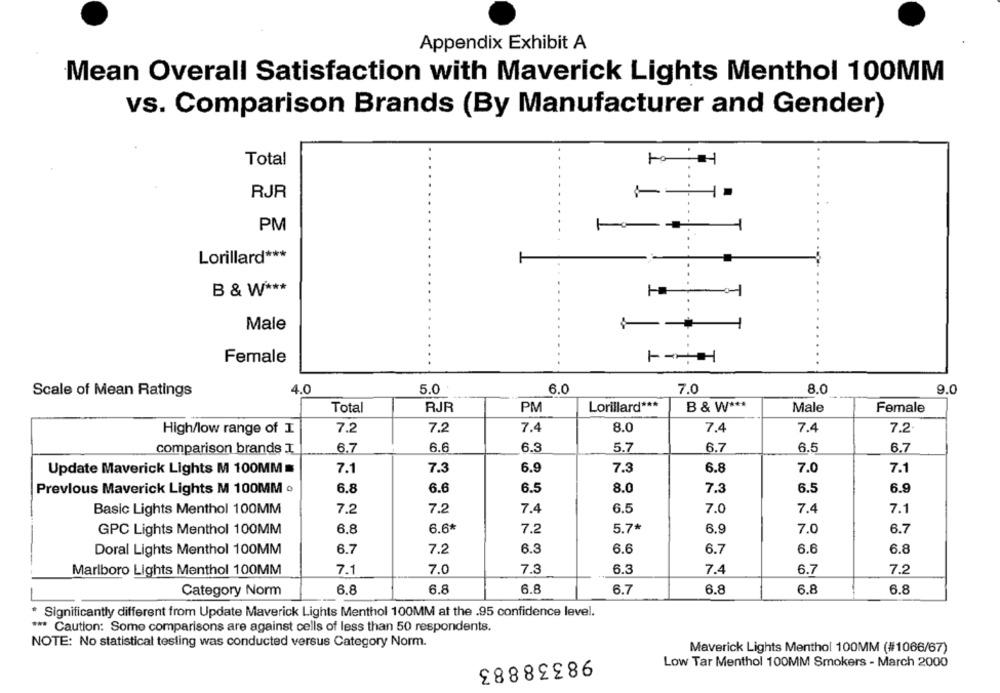
Appendix Exhibit A
Mean Overall Satisfaction with Maverick Lights Menthol 100MM
vs. Comparison Brands (By Manufacturer and Gender)
Total
RJR
PM
1
Lorillard ***
B & W ***
Male
Female
Scale of Mean Ratings
4.0
5.0
6.0
7.0
8.0
9.0
Total
RJR
PM
Lorillard ***
B & W ***
Male
Female
7.2
7.2
7.4
8.0
7.4
7.4
7.2
High/low range of I
comparison brands I
6.7
6.6
6.9
5.7
6.7
6.5
6.7
Update Maverick Lights M 100MM =
7.1
7.3
6.9
7.3
6.8
7.0
7.1
Previous Maverick Lights M 100MM o
6.8
6.6
6.5
8.0
7.3
6.5
6.9
Basic Lights Menthol 100MM
7.2
7.2
7.4
6.5
7.0
7.4
7.1
GPC Lights Menthol 100MM
6.8
6.6*
7.2
5.7*
6.9
7.0
6.7
Doral Lights Menthol 100MM
6.7
7.2
6.3
6.6
6.7
6.6
6.8
Marlboro Lights Menthol 100MM
7.1
7.0
7.3
6.3
7.4
6.7
7.2
6.8
6.8
Category Norm
6.8
6.7
6.8
6.8
6.8
* Significantly different from Update Maverick Lights Menthol 100MM at the .95 confidence level.
*** Caution: Some comparisons are against cells of less than 50 respondents.
NOTE: No statistical testing was conducted versus Category Norm.
Maverick Lights Menthol 100MM (#1066/67)
98338883
Low Tar Menthol 100MM Smokers - March 2000